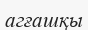
агғашқы